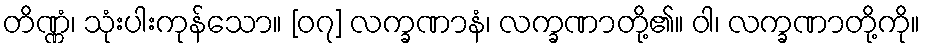
တိဏ္ဏံ၊ သုံးပါးကုန်သော။ [၀၇] လက္ခဏာနံ၊ လက္ခဏာတို့၏။ ဝါ၊ လက္ခဏာတို့ကို။